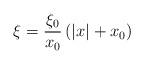
LaTeX: \begin{align*}\xi =\frac{\xi _{0}}{x_{0}}\left( |x|+x_{0}\right)\end{align*}